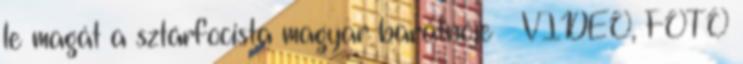
le magát a sztárfocista magyar barátnője – VIDEÓ, FOTÓ